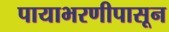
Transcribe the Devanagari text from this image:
पायाभरणीपासून